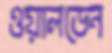
ওয়ালডেন